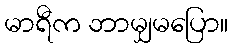
မာရီက ဘာမျှမပြော။